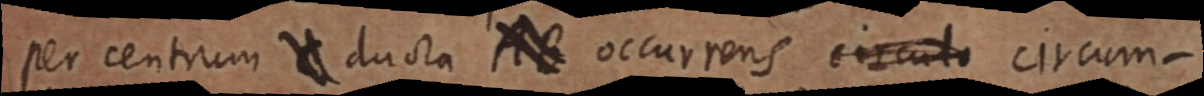
per centrum _ ducta AB occurrens circulo circum–